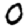
Digit: 0